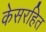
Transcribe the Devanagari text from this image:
केसरहित